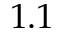
1 . 1